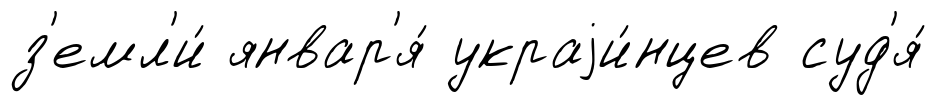
з'емл'и́ январ'я́ украjи́нцев суд'я́